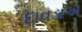
દાવડાએ